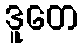
ဒူတေ